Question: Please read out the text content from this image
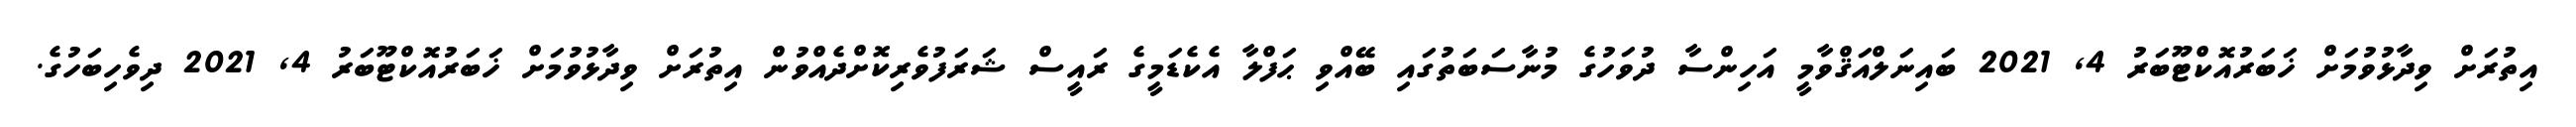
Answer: އިތުރަށް ވިދާޅުވުމަށް ޚަބަރުއޮކްޓޫބަރު 4, 2021 ބައިނަލްއަޤްވާމީ އަހިންސާ ދުވަހުގެ މުނާސަބަތުގައި ބޭއްވި ޙަފްލާ އެކެޑަމީގެ ރައީސް ޝަރަފުވެރިކޮށްދެއްވުން އިތުރަށް ވިދާޅުވުމަށް ޚަބަރުއޮކްޓޫބަރު 4, 2021 ދިވެހިބަހުގެ.